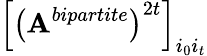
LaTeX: \left[\left(\mathbf{A}^{bipartite}\right)^{2t}\right]_{i_{0}i_{t}}